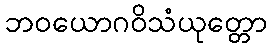
ဘဝယောဂဝိသံယုတ္တော